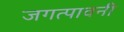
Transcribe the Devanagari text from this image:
जगत्पावनी